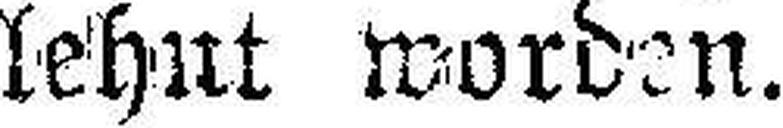
lehnt worden.